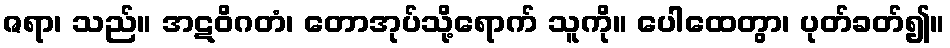
ဇရာ၊ သည်။ အဋဝိဂတံ၊ တောအုပ်သို့ရောက် သူကို။ ပေါထေတွာ၊ ပုတ်ခတ်၍။